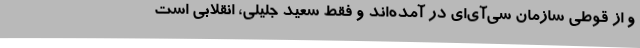
و از قوطی سازمان سی‌آی‌ای در آمده‌اند و فقط سعید جلیلی، انقلابی است